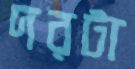
দরটা